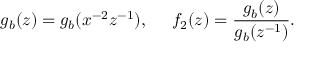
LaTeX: g _ { b } ( z ) = g _ { b } ( x ^ { - 2 } z ^ { - 1 } ) , ~ ~ ~ ~ f _ { 2 } ( z ) = \frac { g _ { b } ( z ) } { g _ { b } ( z ^ { - 1 } ) } .